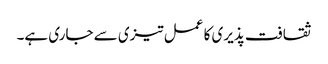
ثقافت پذیری کا عمل تیزی سے جاری ہے۔